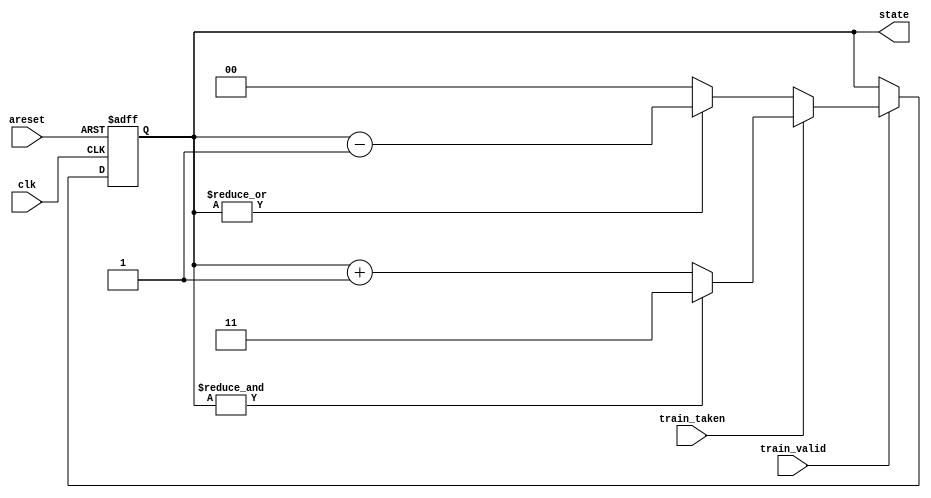
/*
 * Created on Wed Jul 27 2022
 *
 * Copyright (c) 2022 IOA UCAS
 *
 * @Filename:	 fsm_2bbp.v
 * @Author:		 Jiawei Lin
 * @Last edit:	 22:17:23
 */


/*
 * Branch direction predictors. 
 * R. Nair, "Optimal 2-bit branch predictors", IEEE Trans. Computers, vol. 44 no. 5, May, 1995
 */
module top_module(
    input clk,
    input areset,
    input train_valid,
    input train_taken,
    output [1:0] state
);
    reg [1:0] state_reg = 2'b01, state_next;
    always @(*) begin 
        state_next = state_reg;
        if (train_valid) begin
            if (train_taken) begin
                state_next = (&state_reg) ? 2'b11 : state_reg+2'b01;
            end else begin
                state_next = (|state_reg) ? state_reg-2'b01 : 2'b00;
            end
        end
    end
    always @(posedge clk or posedge areset) begin 
        if (areset) begin
            state_reg <= 2'b01;
        end else begin
            state_reg <= state_next;
        end
    end
	assign state = state_reg;
endmodule